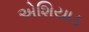
એશિયાડ